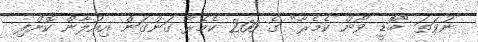
ނުވަތަ "ބޮޑީ ވޯން ކެމެރާ" ގެ 200 ކެމެރާ ގަންގަން އިއުލާން ކޮށްފި